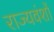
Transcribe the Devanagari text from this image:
राज्यवंशों